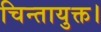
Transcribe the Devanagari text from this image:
चिन्तायुक्त।